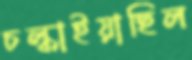
চল্‌কাইয়াছিল